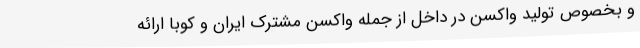
و بخصوص تولید واکسن در داخل از جمله واکسن مشترک ایران و کوبا ارائه